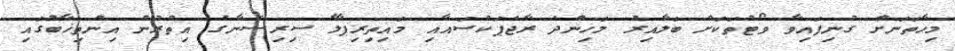
މިހާތަނަށް ގުނިފައިވާ ވޯޓުތަކަށް ބަލާއިރު މަހިންދަ ރާޖަޕަކްސައާއި މައިތިރިޕާލާ ސިރިސެނާގެ އިތުރުން އިންތިޚާބުގައި